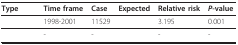
<table><thead><tr><td><b>Type</b></td><td><b>Time frame</b></td><td><b>Case</b></td><td><b>Expected</b></td><td><b>Relative risk</b></td><td><b><i>P</i>-value</b></td></tr></thead><tbody><tr><td>[EMPTY_CELL]</td><td>1998-2001</td><td>11529</td><td>[EMPTY_CELL]</td><td>3.195</td><td>0.001</td></tr><tr><td>[EMPTY_CELL]</td><td>-</td><td>-</td><td>[EMPTY_CELL]</td><td>-</td><td>-</td></tr></tbody></table>